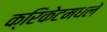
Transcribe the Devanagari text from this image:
क्रिकेटमधले